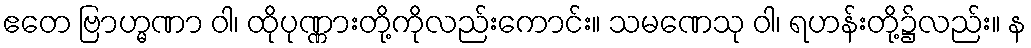
ဧတေ ဗြာဟ္မဏာ ဝါ၊ ထိုပုဏ္ဏားတို့ကိုလည်းကောင်း။ သမဏေသု ဝါ၊ ရဟန်းတို့၌လည်း။ န